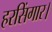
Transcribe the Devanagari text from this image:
हरसिंगार।